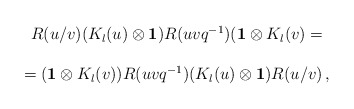
\begin{align*}\begin{array}{c}R(u/v)(K_l (u)\otimes {\bf 1})R(uvq^{-1})({\bf 1}\otimes K_l (v)= \\ \\=({\bf 1}\otimes K_l (v))R(uvq^{-1})(K_l (u)\otimes {\bf 1})R(u/v)\,,\end{array}\end{align*}